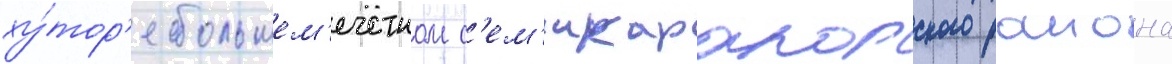
ху́тор'е большем'ечетном с'ем'икаракорского раиона